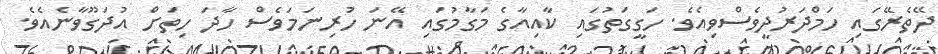
ދޭތެރޭގައި ހަމްދަރުދީވެސްވިއެވެ. ހަގީގަތުގައި ކާއިއާގެ މަގާމުގައި އޭނަ ހުރިނަމަވެސް ހާދަ ހިތަށް އުދަގޫވާނެއެވެ.